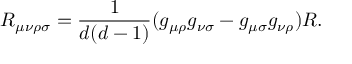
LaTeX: R _ { \mu \nu \rho \sigma } = \frac { 1 } { d ( d - 1 ) } ( g _ { \mu \rho } g _ { \nu \sigma } - g _ { \mu \sigma } g _ { \nu \rho } ) R .